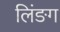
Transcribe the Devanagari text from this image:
लिंङग